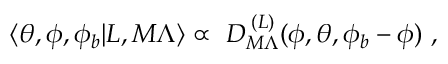
\langle \theta , \phi , \phi _ { b } | L , M \Lambda \rangle \propto \ { \cal D } _ { M \Lambda } ^ { \; ( L ) } ( \phi , \theta , \phi _ { b } - \phi ) \ ,